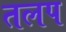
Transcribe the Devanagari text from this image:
तलप